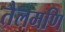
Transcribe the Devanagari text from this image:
तैलमणि